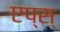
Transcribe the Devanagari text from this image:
एप्स्